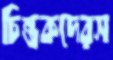
চিন্তকদেরস